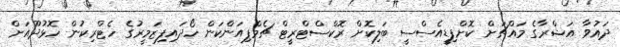
ދައުވާ އަޝްރާގެ މައްޗަށް ކޮށްފިޑީއެސްސީ ބަލިކޮށް ރޮކްސްޓްރީޓް ޗެމްޕިއަންކަން ހޯދައިފިޒަމީރުގެ ހެޓްރިކުން ހޮޅުދޫއަށް